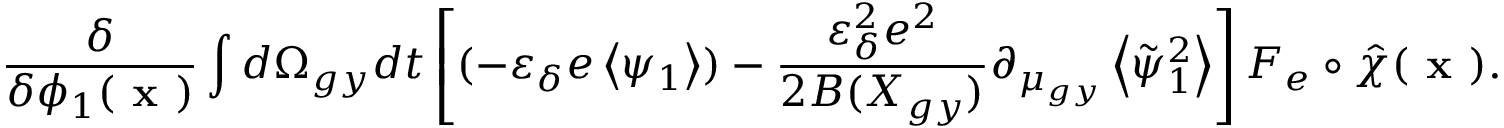
\frac { \delta } { \delta \phi _ { 1 } ( \textbf { x } ) } \int d \Omega _ { g y } d t \left[ ( - \varepsilon _ { \delta } e \left\langle \psi _ { 1 } \right\rangle ) - \frac { \varepsilon _ { \delta } ^ { 2 } e ^ { 2 } } { 2 B ( X _ { g y } ) } \partial _ { \mu _ { g y } } \left\langle \tilde { \psi } _ { 1 } ^ { 2 } \right\rangle \right] F _ { e } \circ \hat { \chi } ( \textbf { x } ) .